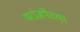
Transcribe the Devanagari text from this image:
परांजपेंच्या